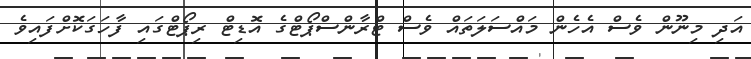
އަދި މިނޫން ވެސް އެހެން މައްސަލަތައް ވެސް ޓްރާންސްޕޯޓްގެ އޮޑިޓް ރިޕޯޓްގައި ފާހަގަކޮށްފައިވެ